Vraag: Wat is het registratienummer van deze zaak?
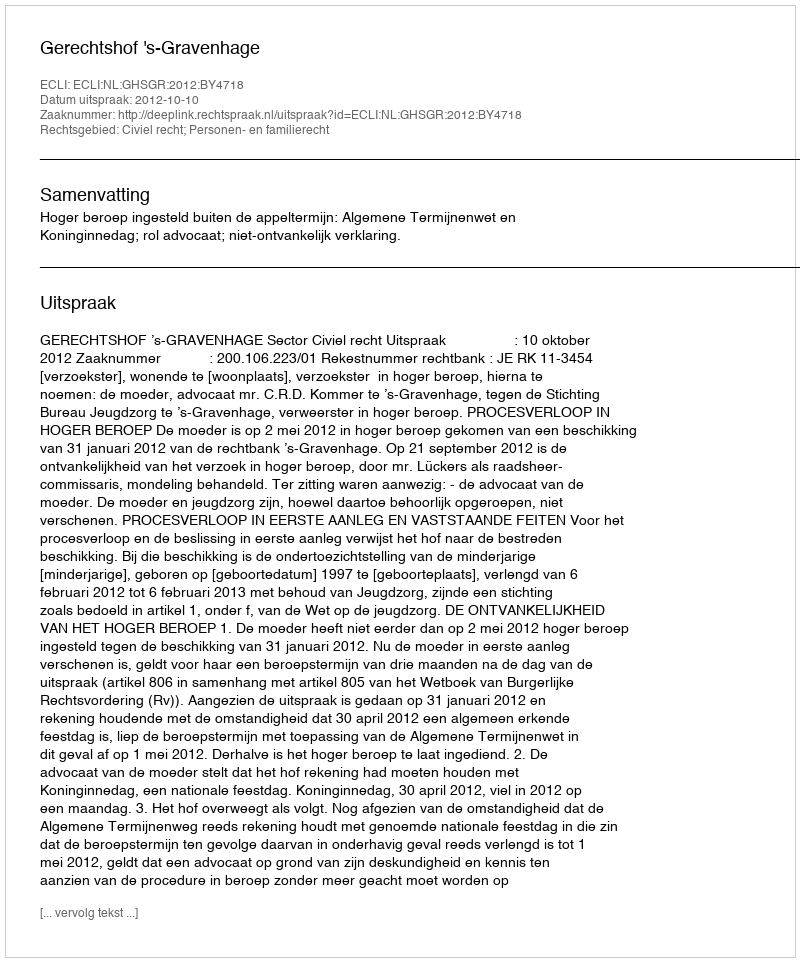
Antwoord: http://deeplink.rechtspraak.nl/uitspraak?id=ECLI:NL:GHSGR:2012:BY4718